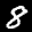
Digit: 8